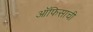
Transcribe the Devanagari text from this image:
ऑफिसाची